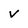
Character: v